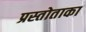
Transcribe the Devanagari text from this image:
प्रस्तोताका